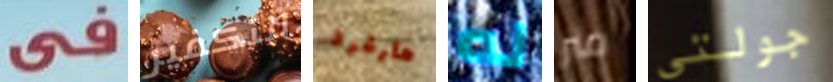
في التكفير هارفرد له متر جولتي